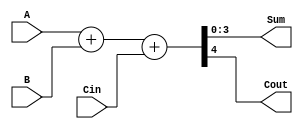
module fullAdder
(
input[3:0] A,B ,
input Cin ,
output [3:0] Sum ,
output Cout
);
assign {Cout, Sum} = A+B+Cin;
endmodule

module CSA 
(
input [15:0] A1,B1 ,
output Cout ,
output [15:0] Sum
);

wire [3:0] Sum0,Sum1,Sum2,Sum3,Sum4,Sum5;
wire cout1,cout2,cout3,cout4,cout5,cout6,cout7,cout8,cout9;
fullAdder Adder1(A1[3:0],B1[3:0],1'b0,Sum[3:0],cout1);
fullAdder Adder2(A1[7:4],B1[7:4],1'b0,Sum0,cout2);
fullAdder Adder3(A1[7:4],B1[7:4],1'b1,Sum1,cout3);
assign Sum[7:4] = (cout1 == 1'b0) ? Sum0 :(cout1 == 1'b1)?Sum1:1'bx ;
assign cout8 = (cout1==1'b0) ? cout2 : cout3 ;
fullAdder Adder4(A1[11:8],B1[11:8],1'b0,Sum2,cout4);
fullAdder Adder5(A1[11:8],B1[11:8],1'b1,Sum3,cout5);
assign Sum[11:8] = (cout8 == 1'b0) ? Sum2 :(cout8 == 1'b1)?Sum3:1'bx ;
assign cout9 = (cout8==1'b0)?cout4:cout5;
fullAdder Adder6(A1[15:12],B1[15:12],1'b0,Sum4,cout6);
fullAdder Adder7(A1[15:12],B1[15:12],1'b1,Sum5,cout7);
assign Sum[15:12] = (cout9 == 1'b0) ? Sum4 :(cout9 == 1'b1)?Sum5:1'bx ;
assign Cout = (cout9==1'b0)?cout6:cout7;

endmodule